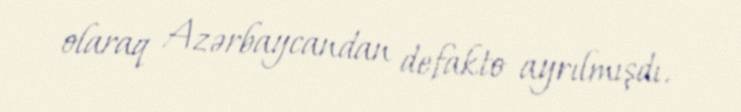
olaraq Azərbaycandan defakto ayrılmışdı.